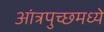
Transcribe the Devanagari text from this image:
आंत्रपुच्छमध्ये